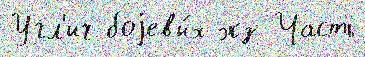
Угл'ич боjевы́х экз Часть